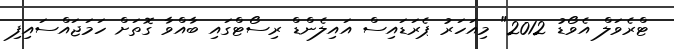
ޓްރެވަލް އެވޯޑު 2012" މިއަހަރު ޕެރަޑައިސް އައިލެންޑް ރިސޯޓްގައި ބާއްވާ ގޮތަށް ހަމަޖައްސައިފި